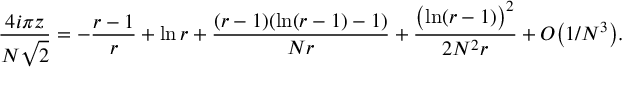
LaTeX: { \frac { 4 i \pi z } { N \sqrt { 2 } } } = - { \frac { r - 1 } { r } } + \ln r + { \frac { ( r - 1 ) ( \ln ( r - 1 ) - 1 ) } { N r } } + { \frac { \bigl ( \ln ( r - 1 ) \bigr ) ^ { 2 } } { 2 N ^ { 2 } r } } + { \cal O } \bigl ( 1 / N ^ { 3 } \bigr ) .